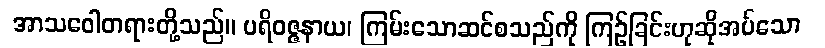
အာသဝေါတရားတို့သည်။ ပရိဝဇ္ဇနာယ၊ ကြမ်းသောဆင်စသည်ကို ကြဉ်ခြင်းဟုဆိုအပ်သော